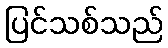
ပြင်သစ်သည်